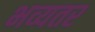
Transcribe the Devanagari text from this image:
भव्यतर